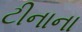
ટીનાના